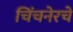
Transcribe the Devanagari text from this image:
चिंचनेरचे